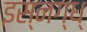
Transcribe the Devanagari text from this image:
इस्नग्ध्